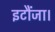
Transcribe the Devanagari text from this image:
इटौंजा।